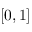
[ 0 , 1 ]